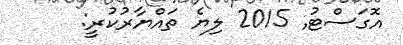
އޮގަސްޓު